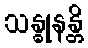
သန္ဓုနန္တိ